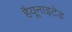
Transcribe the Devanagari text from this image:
हैयूनाइटेड